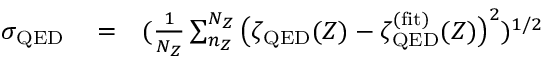
\begin{array} { r l r } { \sigma _ { \mathrm { Q E D } } } & { { } = } & { ( \frac { 1 } { N _ { Z } } \sum _ { n _ { Z } } ^ { N _ { Z } } \big ( \zeta _ { \mathrm { Q E D } } ( Z ) - \zeta _ { \mathrm { Q E D } } ^ { \mathrm { ( f i t ) } } ( Z ) \big ) ^ { 2 } ) ^ { 1 / 2 } } \end{array}